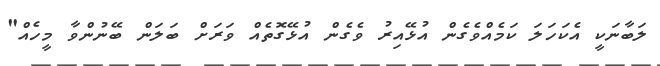
ލަބާނަކީ އެކަހަލަ ކަމެއްވެގެން އުޅޭއިރު ވެގެން އުޅޭގޮތެއް ވަރަށް ބަލަން ބޭނުންވާ މީހެއް"